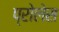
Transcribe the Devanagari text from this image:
प्रोलेस